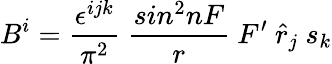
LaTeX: B^{i}=\frac{\epsilon^{ijk}}{\pi^{2}}~\frac{sin^{2}nF}{r}~F^{\prime}~{\hat{r}}_{j}~s_{k}